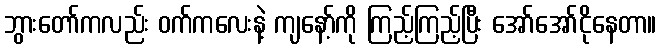
ဘွားတော်ကလည်း ဝက်ကလေးနဲ့ ကျနော့်ကို ကြည့်ကြည့်ပြီး အော်အော်ငိုနေတာ။